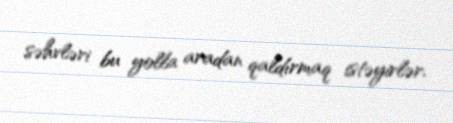
səhvləri bu yolla aradan qaldırmaq istəyirlər.